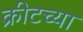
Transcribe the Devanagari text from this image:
क्रीटच्या